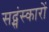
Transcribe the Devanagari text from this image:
सद्संस्कारों